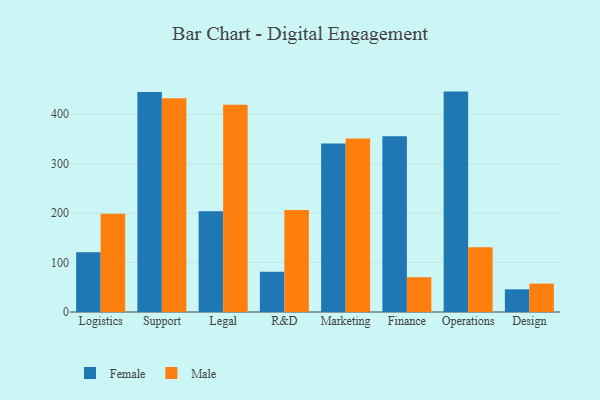
{"axis": {"x": "Department", "y": "Bounce Rate (%)"}, "legend": ["Female", "Male"], "data": [{"x": "Logistics", "y": 120.6, "type": "Female"}, {"x": "Logistics", "y": 198.8, "type": "Male"}, {"x": "Support", "y": 444.8, "type": "Female"}, {"x": "Support", "y": 432.0, "type": "Male"}, {"x": "Legal", "y": 203.5, "type": "Female"}, {"x": "Legal", "y": 418.9, "type": "Male"}, {"x": "R&D", "y": 81.6, "type": "Female"}, {"x": "R&D", "y": 206.5, "type": "Male"}, {"x": "Marketing", "y": 340.5, "type": "Female"}, {"x": "Marketing", "y": 351.1, "type": "Male"}, {"x": "Finance", "y": 355.4, "type": "Female"}, {"x": "Finance", "y": 70.3, "type": "Male"}, {"x": "Operations", "y": 445.7, "type": "Female"}, {"x": "Operations", "y": 130.9, "type": "Male"}, {"x": "Design", "y": 45.9, "type": "Female"}, {"x": "Design", "y": 57.5, "type": "Male"}]}